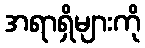
အရာရှိများကို